Tartu_linnavalitsus, lk 83
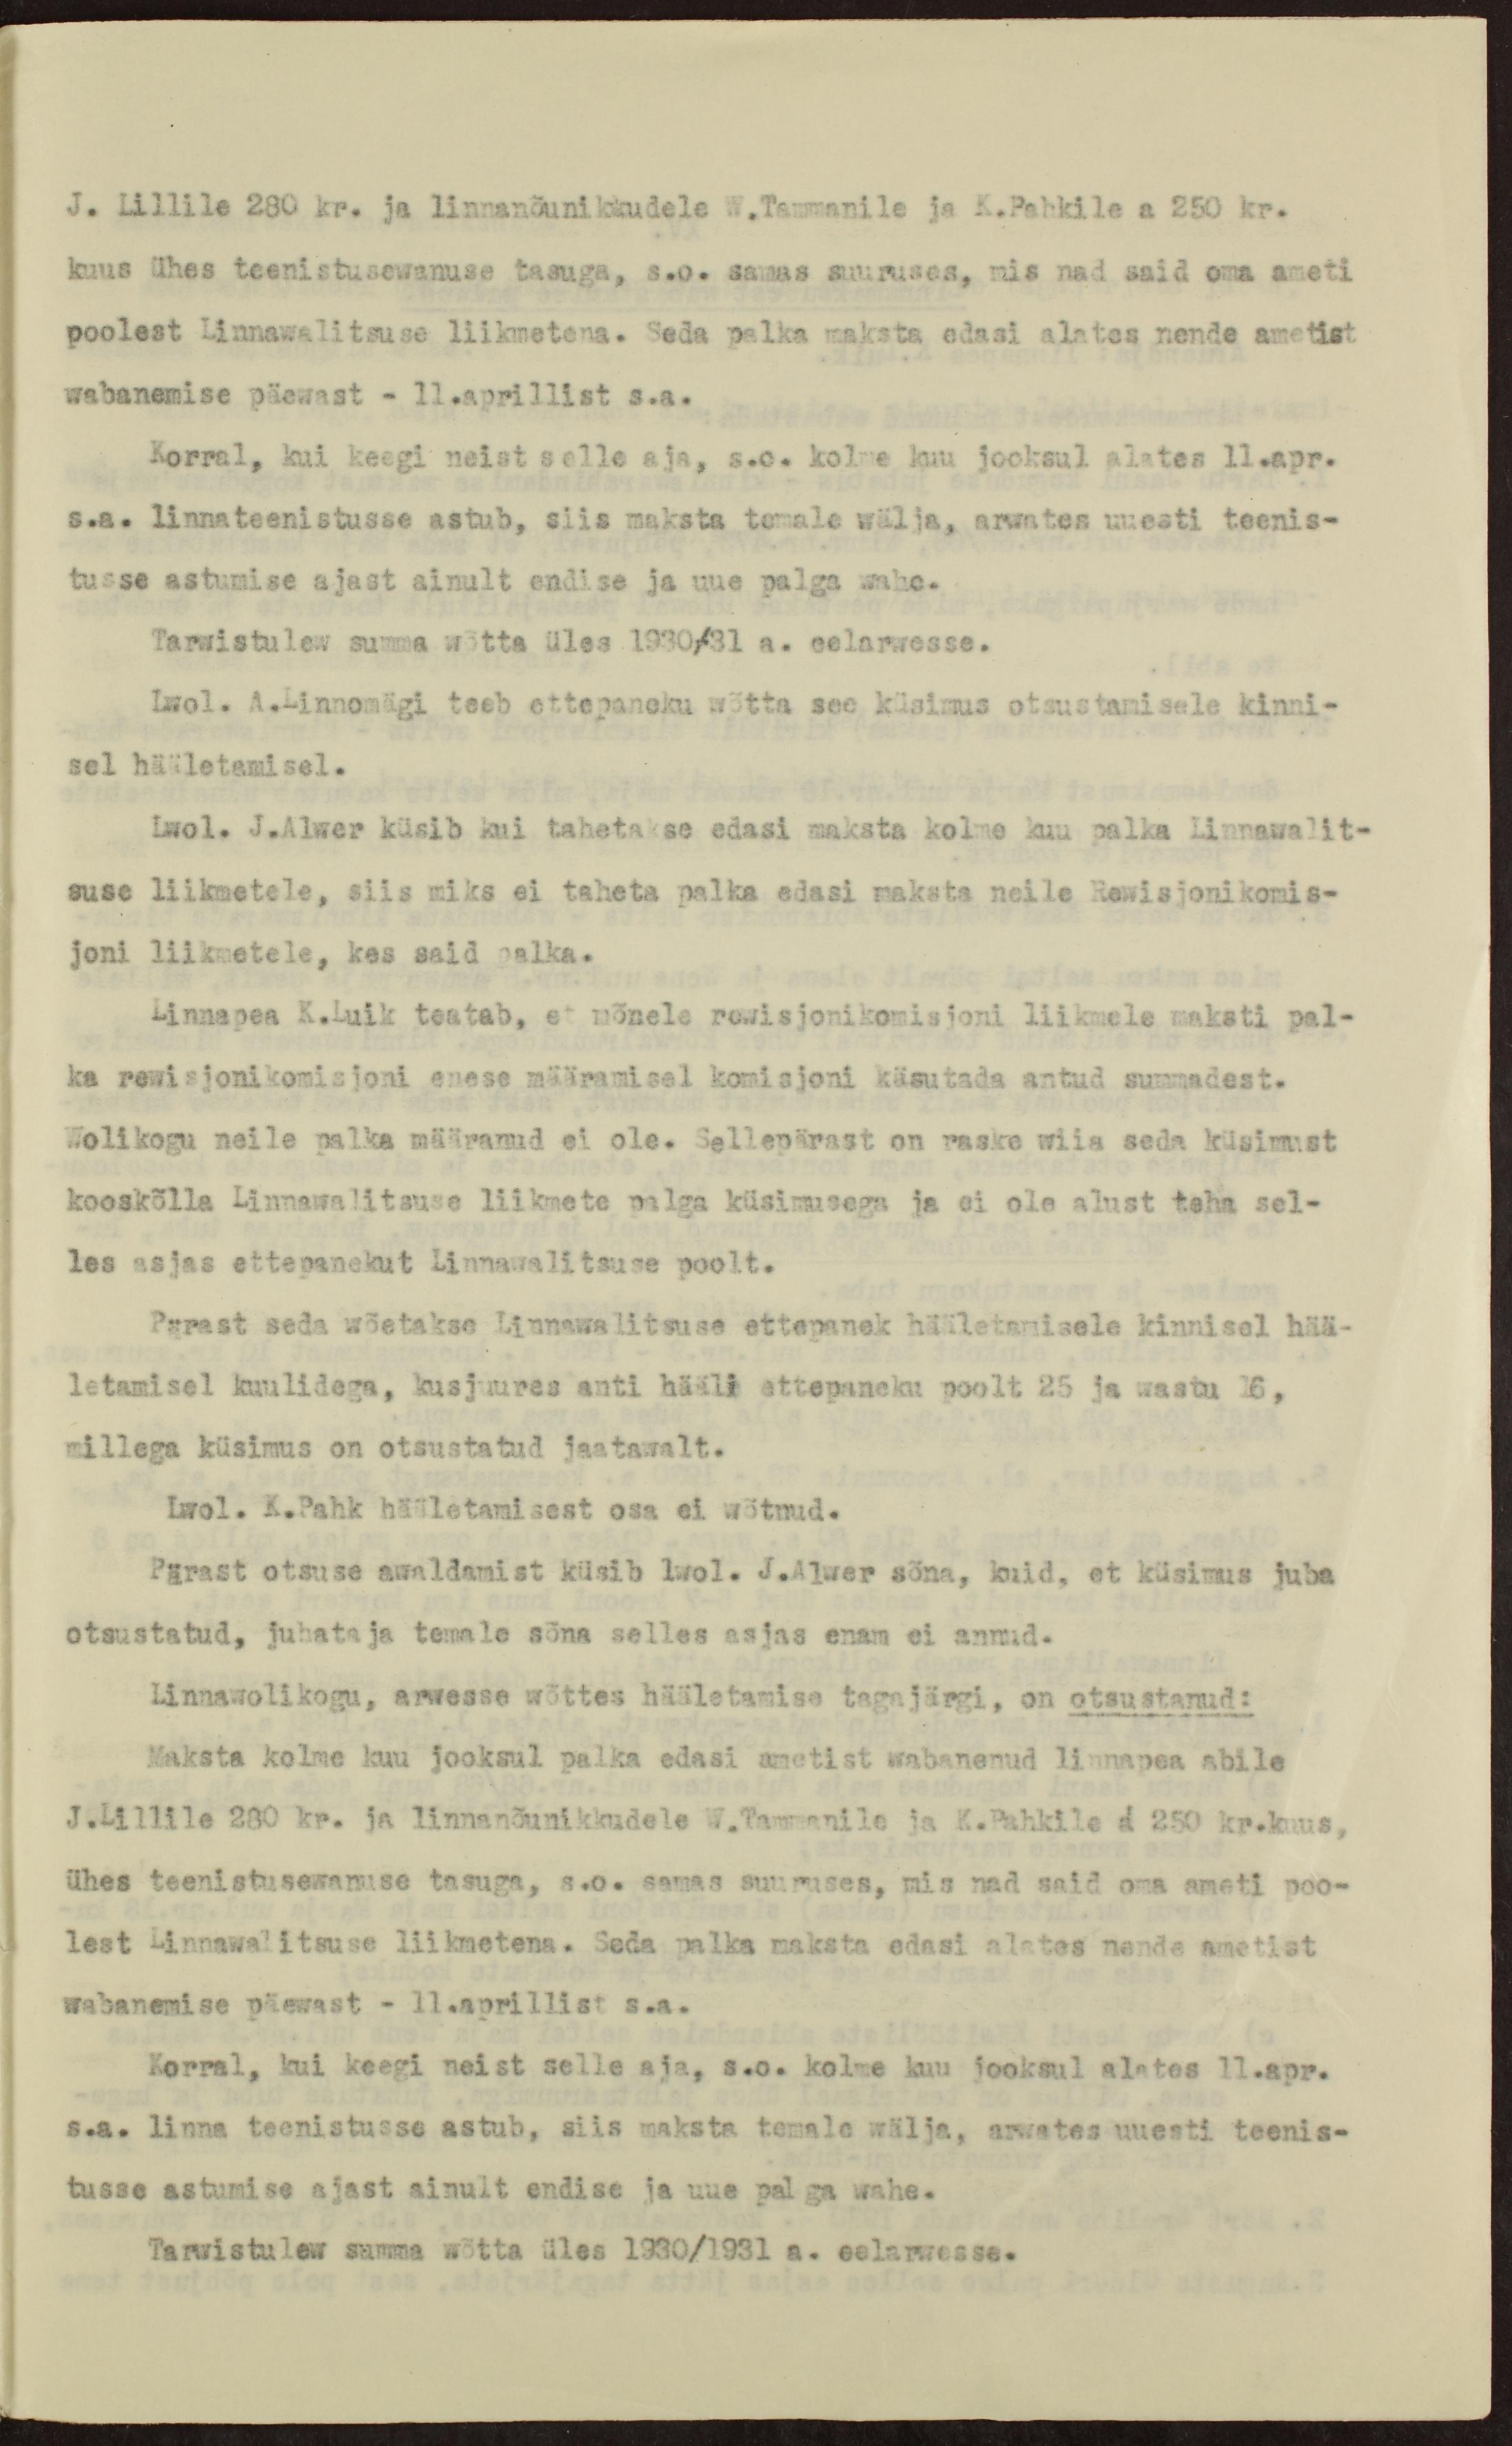
J. Lillile 280 kr. ja linnanõunikkudele W.Tammanile ja K.Pahkile a 250 kr.
kuus ühes teenistusewanuse tasuga, s.o. samas suuruses, mis nad said oma ameti
poolest Linnawalitsuse liikmetena. Seda palka maksta edasi alates nende ametist
wabanemise päewast - 11.aprillist s.a.
Korral, kui keegi neist selle aja, s.o. kolme kuu jooksul alates 11.apr.
s.a. linnateenistusse astub, siis maksta temale wälja, arwates uuesti teenis-
tusse astumise ajast ainult endise ja uue palga wahe.
Tarwistulew summa wõtta üles 1930/31 a. eelarwesse.
Lwol. A.Linnomägi teeb ettepaneku wõtta see küsimus otsustamisele kinni-
sel hääletamisel.
Lwol. J.Alwer küsib kui tahetakse edasi maksta kolme kuu palka Linnawalit-
suse liikmetele, siis miks ei taheta palka edasi maksta neile Rewisjonikomis-
joni liikmetele, kes said palka.
Linnapea K.Luik teatab, et mõnele rewisjonikomisjoni liikmele maksti pal-
ka rewisjonikomisjoni enese määramisel komisjoni käsutada antud summadest.
Wolikogu neile palka määranud ei ole. Sellepärast on raske wiia seda küsimust
kooskõlla Linnawalitsuse liikmete palga küsimusega ja ei ole alust teha sel-
les asjas ettepanekut Linnawalitsuse poolt.
Pärast seda wõetakse Linnawalitsuse ettepanek hääletamisele kinnisel hää-
letamisel kuulidega, kusjuures anti hääli ettepaneku poolt 25 ja wastu 16,
millega küsimus on otsustatud jaatawalt.
Lwol. K.Pahk hääletamisest osa ei wõtnud.
Pärast otsuse awaldamist küsib lwol. J.Alwer sõna, kuid, et küsimus juba
otsustatud, juhataja temale sõna selles asjas enam ei annud.
Linnawolikogu, arwesse wõttes hääletamise tagajärgi, on otsustanud:
Maksta kolme kuu jooksul palka edasi ametist wabanenud linnapea abile
J.Lillile 280 kr. ja linnanõunikkudele W.Tammanile ja K.Pahkile a 250 kr.kuus,
ühes teenistusewanuse tasuga, s.o. samas suuruses, mis nad said oma ameti poo-
lest Linnawalitsuse liikmetena. Seda palka maksta edasi alates nende ametist
wabanemise päewast - 11.aprillist s.a.
Korral, kui keegi neist selle aja, s.o. kolme kuu jooksul alates 11.apr.
s.a. linna teenistusse astub, siis maksta temale wälja, arwates uuesti teenis-
tusse astumise ajast ainult endise ja uue palga wahe.
Tarwistulew summa wõtta üles 1930/1931 a. eelarwesse.